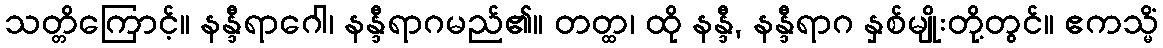
သတ္တိကြောင့်။ နန္ဒီရာဂေါ၊ နန္ဒီရာဂမည်၏။ တတ္ထ၊ ထို နန္ဒီ, နန္ဒီရာဂ နှစ်မျိုးတို့တွင်။ ဧကသ္မိံ